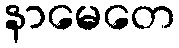
နာမေတေ